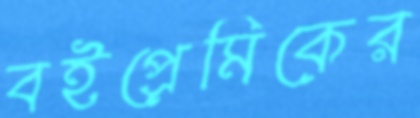
বইপ্রেমিকের